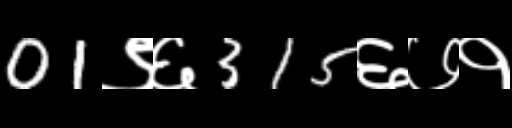
Text: 01९६315६७१